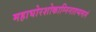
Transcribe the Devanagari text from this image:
महाघोरशोकाग्निनातप्यमानं